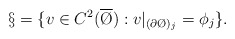
\begin{align*}\S = \{ v \in C^{2}(\overline\O ) : v|_{(\partial \O)_{j} } = \phi_{j} \}.\end{align*}